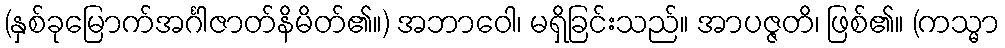
(နှစ်ခုမြောက်အင်္ဂါဇာတ်နိမိတ်၏။) အဘာဝေါ၊ မရှိခြင်းသည်။ အာပဇ္ဇတိ၊ ဖြစ်၏။ (ကသ္မာ